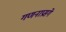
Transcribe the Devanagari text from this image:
गणनाप्रसंगे